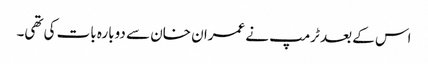
اس کے بعد ٹرمپ نے عمران خان سے دوبارہ بات کی تھی۔